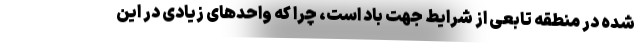
شده در منطقه تابعی از شرایط جهت باد است، چرا که واحدهای زیادی در این